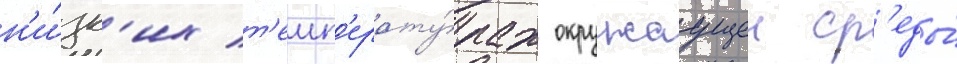
н'и́зк'их т'емп'ерату́рах окружаущеи ср'еды́